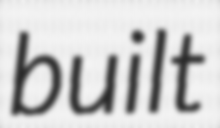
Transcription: built